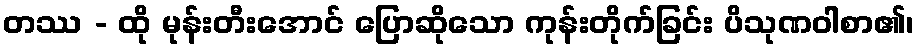
တဿ - ထို မုန်းတီးအောင် ပြောဆိုသော ကုန်းတိုက်ခြင်း ပိသုဏဝါစာ၏၊